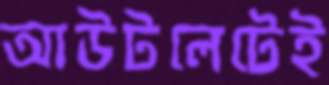
আউটলেটেই